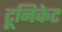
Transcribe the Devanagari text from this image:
टूनिकेट